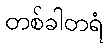
တစ်ခါတရံ